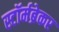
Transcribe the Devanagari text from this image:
स्टॉर्मब्रेकर